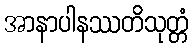
အာနာပါနဿတိသုတ္တံ